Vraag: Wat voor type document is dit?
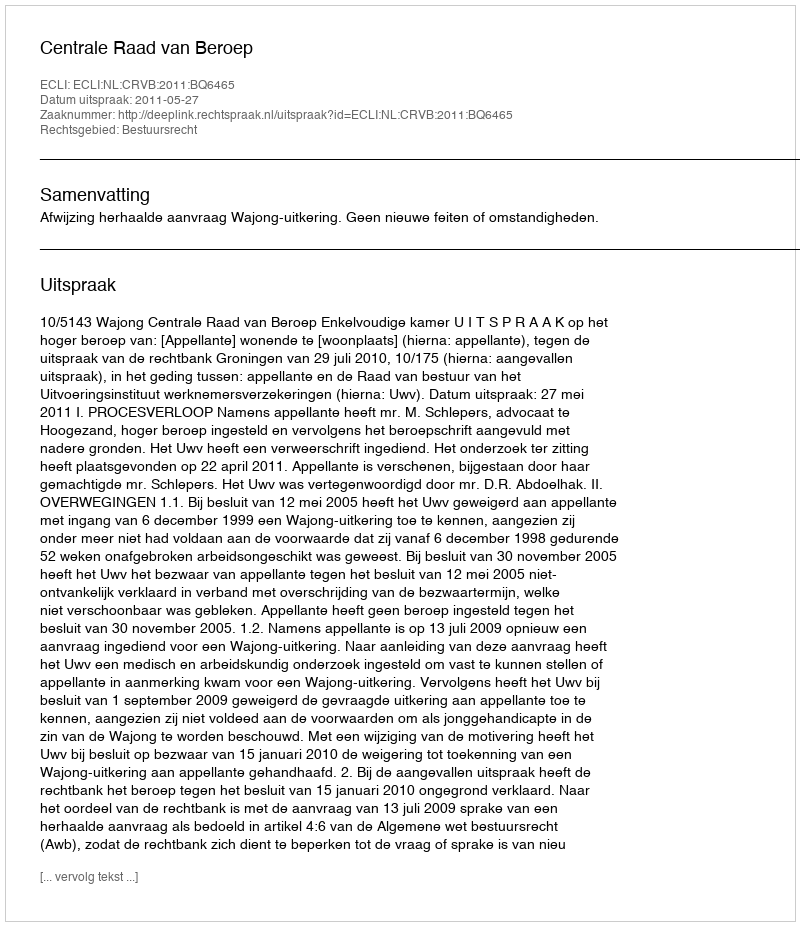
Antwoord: Uitspraak